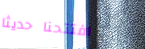
افتتحنا حديثاً